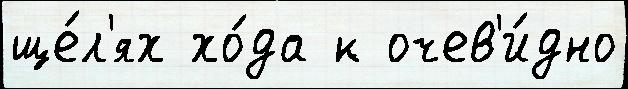
ще́л'ях хо́да к очев'и́дно